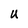
Character: U